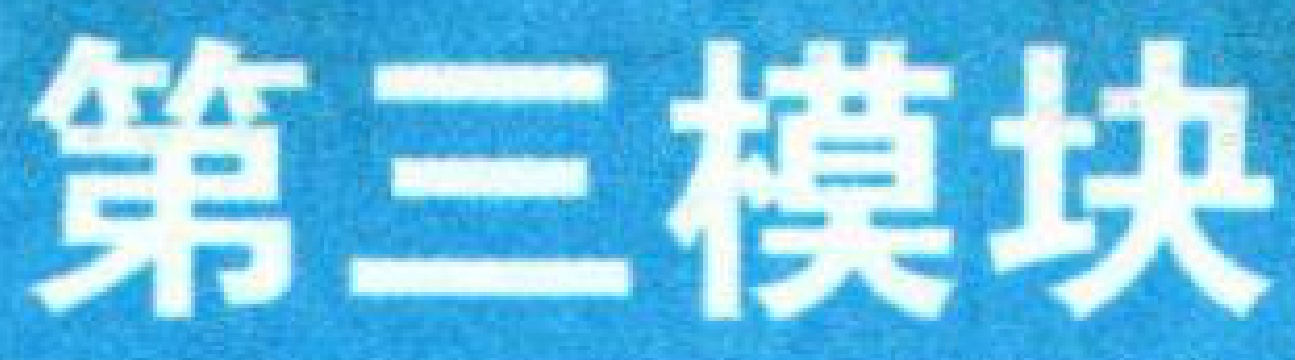
第三模块